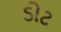
ડોટ